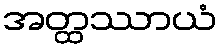
အတ္ထဿာယံ